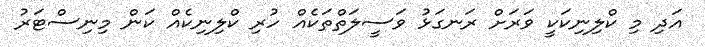
އަދި މި ކްލިނިކަކީ ވަރަށް ރަނގަޅު ވަސީލަތްތަކެއް ހުރި ކްލިނިކެއް ކަން މިނިސްޓަރު